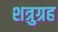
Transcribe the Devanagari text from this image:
शत्रुग्रह